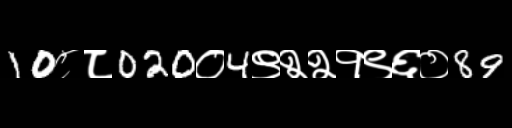
Text: 10८८020०4९२२१९६०89